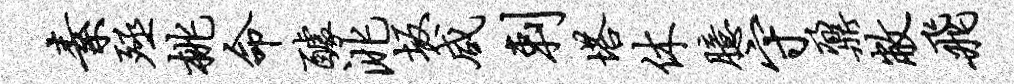
素殛桃命醵洮坂咸剌塔休臆守鼐敝飞